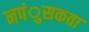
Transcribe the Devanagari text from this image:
नपंुसकता